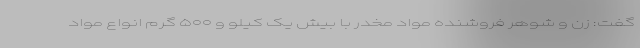
گفت: زن و شوهر فروشنده مواد مخدر با بیش یک کیلو و ۵۰۰ گرم انواع مواد